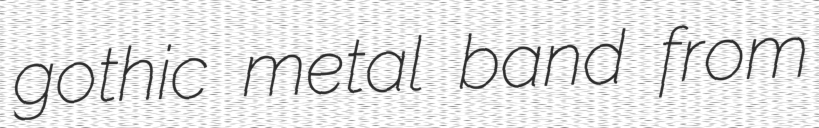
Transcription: gothic metal band from